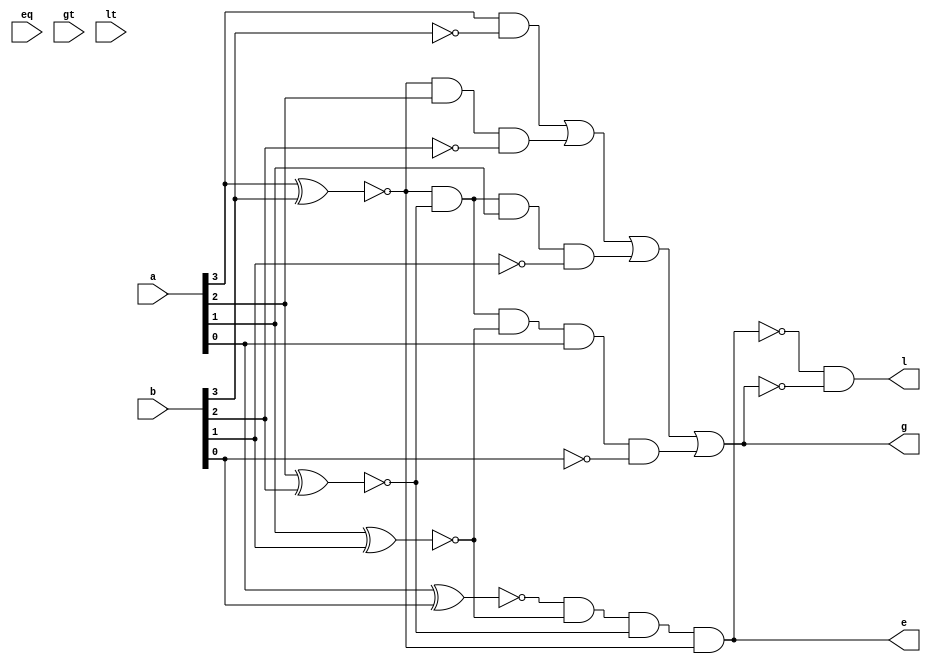
// Name: Yaohong Sabotinova
// 4-bit comparator

module comparator4(a,b,eq,gt,lt,e,g,l); //sub- module for 4-bit magnitude comparator

input [3:0]a,b;
input eq,gt,lt;
output e,g,l;
wire [3:0]x,bbar;
// ,abar;

wire w1,w2,w3,w4,w5,ebar,gbar;
// w5,w6,w7,w8;

xnor z3(x[3],a[3],b[3]);
xnor z2(x[2],a[2],b[2]);
xnor z1(x[1],a[1],b[1]);
xnor z0(x[0],a[0],b[0]);

not n3(bbar[3],b[3]);
not n2(bbar[2],b[2]);
not n1(bbar[1],b[1]);
not n0(bbar[0],b[0]);

// not na3(abar[3],a[3]);
// not na2(abar[2],a[2]);
// not na1(abar[1],a[1]);
// not na0(abar[0],a[0]);


and q1(w1,a[3],bbar[3]);
and q2(w2,x[3],a[2],bbar[2]);
and q3(w3,x[3],x[2],a[1],bbar[1]);
and q4(w4,x[3],x[2],x[1],a[0],bbar[0]);

// and qa1(w5,b[3],abar[3]);
// and qa2(w6,x[3],b[2],abar[2]);
// and qa3(w7,x[3],x[2],b[1],abar[1]);
// and qa4(w8,x[3],x[2],x[1],b[0],abar[0]);

or o1(g,w1,w2,w3,w4);//greater than
and a1(e,x[0],x[1],x[2],x[3]); //equal
// and o2(l,w5,w6,w7,w8); //less than
not n4(ebar,e);
not n5(gbar,g);
and a2(l,ebar,gbar);

endmodule